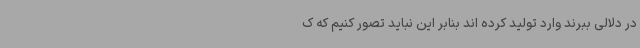
در دلالی ببرند وارد تولید کرده اند بنابر این نباید تصور کنیم که ک